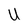
Character: U